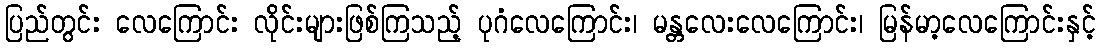
ပြည်တွင်း လေကြောင်း လိုင်းများဖြစ်ကြသည့် ပုဂံလေကြောင်း၊ မန္တလေးလေကြောင်း၊ မြန်မာ့လေကြောင်းနှင့်